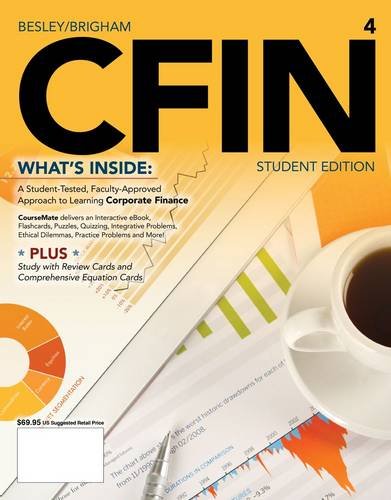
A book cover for CFIN 4 (with CourseMate Printed Access Card) (Finance Titles in the Brigham Family); Scott Besley; Business & Money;